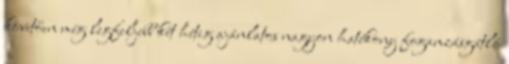
követően még legfeljebb két hétig ajánlatos nagyon hatékony fogamzásgátló